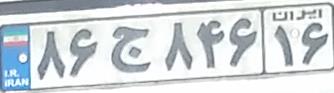
۸۶ج۸۴۶۱۶